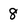
Character: 8